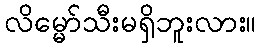
လိမ္မော်သီးမရှိဘူးလား။